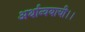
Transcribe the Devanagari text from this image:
अर्थान्वयाची।।